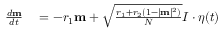
\begin{array} { r l } { \frac { d \mathbf { m } } { d t } } & { { } = - r _ { 1 } \mathbf { m } + \sqrt { \frac { r _ { 1 } + r _ { 2 } \left( 1 - | \mathbf { m } | ^ { 2 } \right) } { N } } I \cdot \boldsymbol { \eta } ( t ) } \end{array}